Vaccination in Bombay 1869-1873 - 1869-1873
Year: 1869
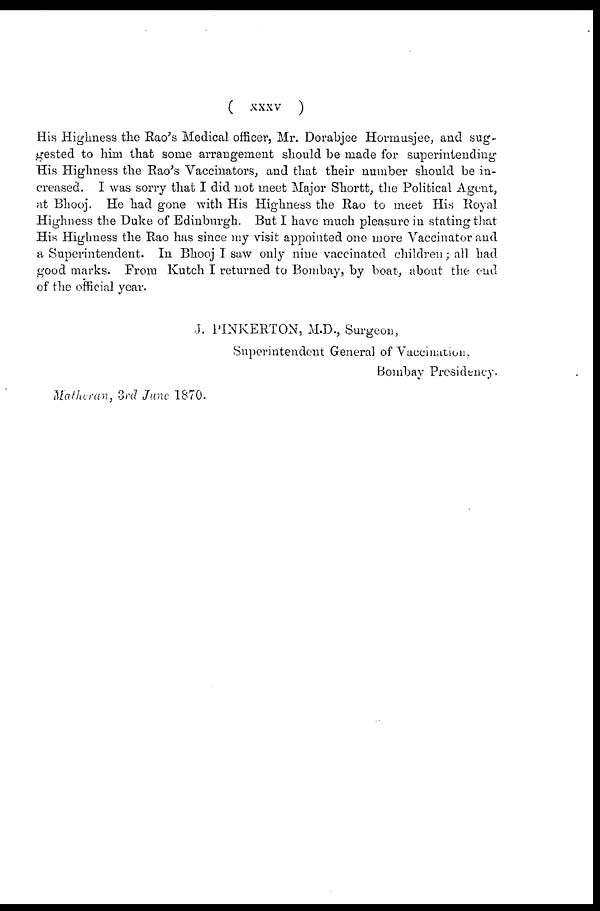
(
xxxv
)
His Highness the Rao's Medical officer, Mr. Dorabjee Hormusjee, and sug-
gested to him that some arrangement should be made for superintending
His Highness the Rao's Vaccinators, and that their number should be in-
creased. I was sorry that I did not meet Major Shortt, the Political Agent,
at Bhooj. He had gone with His Highness the Rao to meet His Royal
Highness the Duke of Edinburgh. But I have much pleasure in stating that
His Highness the Rao has since my visit appointed one more Vaccinator and
a Superintendent. In Bhooj I saw only nine vaccinated children; all had
good marks. From Kutch I returned to Bombay, by boat, about the end
of the official year.
J. PINKERTON, M.D., Surgeon,
Superintendent General of Vaccination.
Bombay Presidency.
Matheran, 3rd June 1870.